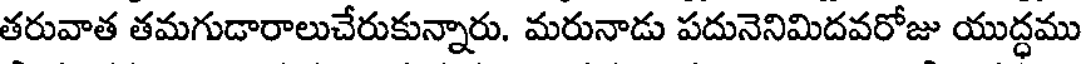
తరువాత తమగుడారాలుచేరుకున్నారు. మరునాడు పదునెనిమిదవరోజు యుద్ధము